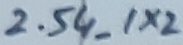
Text: 2.54_1X2